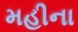
મહીના